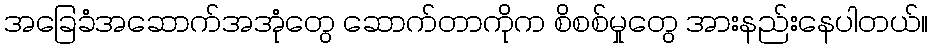
အခြေခံအဆောက်အအုံတွေ ဆောက်တာကိုက စိစစ်မှုတွေ အားနည်းနေပါတယ်။